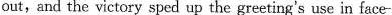
out,and the victory sped up the greeting's use in face